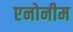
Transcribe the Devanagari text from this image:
एनोनीम